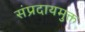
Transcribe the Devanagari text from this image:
संप्रदायमुक्त